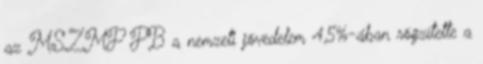
az MSZMP PB a nemzeti jövedelem 4,5%-ában rögzítette a